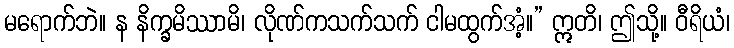
မရောက်ဘဲ။ န နိက္ခမိဿာမိ၊ လိုဏ်ကသက်သက် ငါမထွက်အံ့။” ဣတိ၊ ဤသို့။ ဝီရိယံ၊